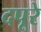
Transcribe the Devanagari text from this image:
दपूरे